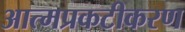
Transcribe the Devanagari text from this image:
आत्मप्रकटीकरण